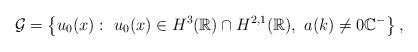
LaTeX: \begin{align*}\mathcal{G}=\left\lbrace u_0(x): \ u_0(x) \in H^{3}(\mathbb{R} )\cap H^{2,1}(\mathbb{R} ),\ a(k) \neq 0 \mathbb{C}^-\right\rbrace,\end{align*}